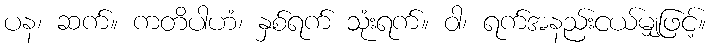
ပန၊ ဆက်။ ကတိပါဟံ၊ နှစ်ရက် သုံးရက်။ ဝါ၊ ရက်အနည်းငယ်မျှဖြင့်။